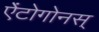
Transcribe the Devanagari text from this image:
ऐंटोगोनस्‌